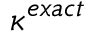
\kappa ^ { e x a c t }